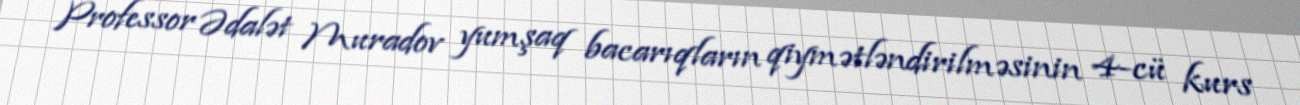
Professor Ədalət Muradov yumşaq bacarıqların qiymətləndirilməsinin 4-cü kurs